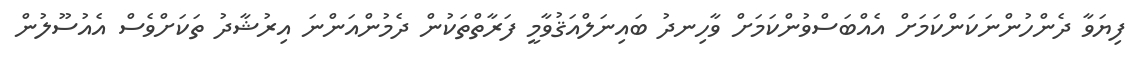
ފިޔަވާ ދެންހުންނަކަންކަމަށް އެއްބަސްވުންކަމަށް ވާހިނދު ބައިނަލްއަޤުވާމީ ފަރާތްތަކުން ދެމުންއަންނަ އިރުޝާދު ތަކަށްވެސް އެއުސޫލުން